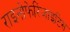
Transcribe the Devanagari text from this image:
राइनोफेरिंजाइटिस